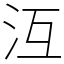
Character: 沍